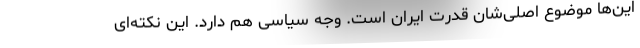
این‌ها موضوع اصلی‌شان قدرت ایران است. وجه سیاسی هم دارد. این نکته‌ای